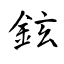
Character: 鉉